Indian journal of veterinary science and animal husbandry - Volume 5,
Year: 1935
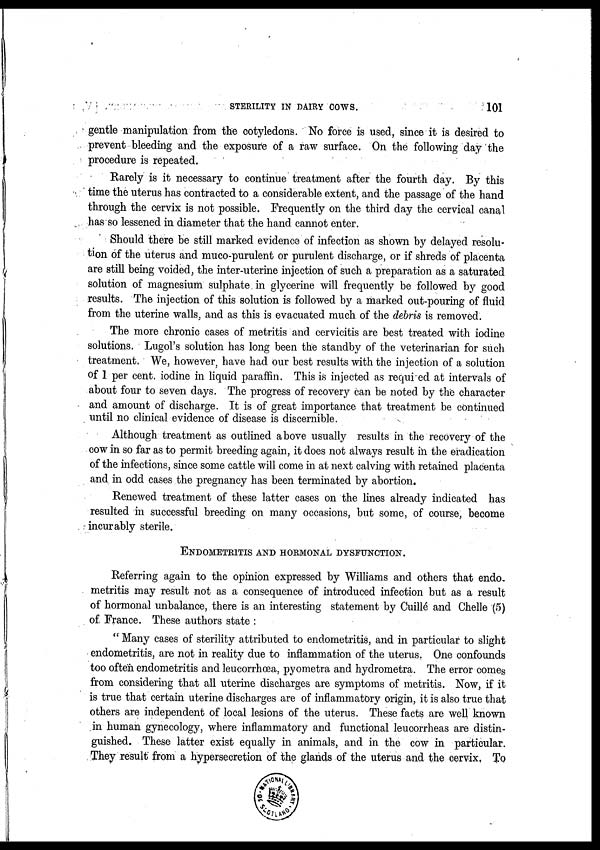
STERILITY IN DAIRY COWS.
101
gentle manipulation from the cotyledons. No force is used, since it is desired to
prevent bleeding and the exposure of a raw surface. On the following day the
procedure is repeated.
Rarely is it necessary to continue treatment after the fourth day. By this
time the uterus has contracted to a considerable extent, and the passage of the hand
through the cervix is not possible. Frequently on the third day the cervical canal
has so lessened in diameter that the hand cannot enter.
Should there be still marked evidence of infection as shown by delayed resolu-
tion of the uterus and muco-purulent or purulent discharge, or if shreds of placenta
are still being voided, the inter-uterine injection of such a preparation as a saturated
solution of magnesium sulphate in glycerine will frequently be followed by good
results. The injection of this solution is followed by a marked out-pouring of fluid
from the uterine walls, and as this is evacuated much of the debris is removed.
The more chronic cases of metritis and cervicitis are best treated with iodine
solutions. Lugol's solution has long been the standby of the veterinarian for such
treatment. We, however, have had our best results with the injection of a solution
of 1 per cent. iodine in liquid paraffin. This is injected as required at intervals of
about four to seven days. The progress of recovery can be noted by the character
and amount of discharge. It is of great importance that treatment be continued
until no clinical evidence of disease is discernible.
Although treatment as outlined above usually results in the recovery of the
cow in so far as to permit breeding again, it does not always result in the eradication
of the infections, since some cattle will come in at next calving with retained placenta
and in odd cases the pregnancy has been terminated by abortion.
Renewed treatment of these latter cases on the lines already indicated has
resulted in successful breeding on many occasions, but some, of course, become
incurably sterile.
ENDOMETRITIS AND HORMONAL DYSFUNCTION.
Referring again to the opinion expressed by Williams and others that endo.
metritis may result not as a consequence of introduced infection but as a result
of hormonal unbalance, there is an interesting statement by Cuillé and Chelle (5)
of France. These authors state :
" Many cases of sterility attributed to endometritis, and in particular to slight
endometritis, are not in reality due to inflammation of the uterus. One confounds
too often endometritis and leucorrhœa, pyometra and hydrometra. The error comes
from considering that all uterine discharges are symptoms of metritis. Now, if it
is true that certain uterine discharges are of inflammatory origin, it is also true that
others are independent of local lesions of the uterus. These facts are well known
in human gynecology, where inflammatory and functional leucorrheas are distin-
guished. These latter exist equally in animals, and in the cow in particular.
They result from a hypersecretion of the glands of the uterus and the cervix. To